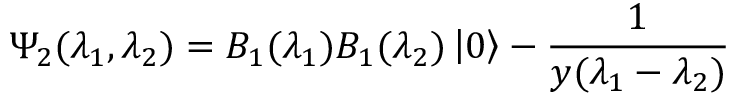
\Psi _ { 2 } ( \lambda _ { 1 } , \lambda _ { 2 } ) = B _ { 1 } ( \lambda _ { 1 } ) B _ { 1 } ( \lambda _ { 2 } ) \left| 0 \right\rangle - \frac { 1 } { y ( \lambda _ { 1 } - \lambda _ { 2 } ) }